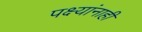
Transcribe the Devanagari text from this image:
पक्ष्यांनाही